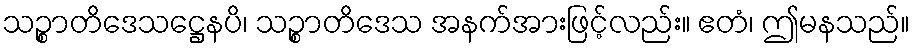
သဉ္စာတိဒေသဋ္ဌေနပိ၊ သဉ္စာတိဒေသ အနက်အားဖြင့်လည်း။ ဧတံ၊ ဤမနသည်။